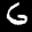
Label: 6